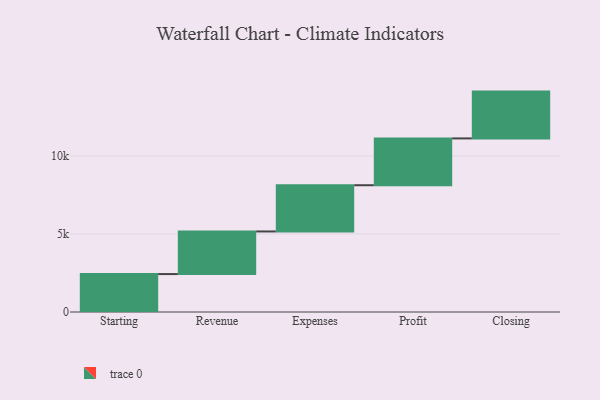
{"axis": {"x": "Step", "y": "Value"}, "legend": [""], "data": [{"x": "Starting", "y": 2431.0, "type": ""}, {"x": "Revenue", "y": 2730.0, "type": ""}, {"x": "Expenses", "y": 2963.0, "type": ""}, {"x": "Profit", "y": 3000, "type": ""}, {"x": "Closing", "y": 3000, "type": ""}]}